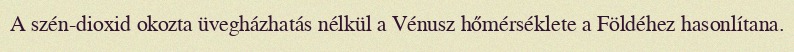
A szén-dioxid okozta üvegházhatás nélkül a Vénusz hőmérséklete a Földéhez hasonlítana.